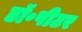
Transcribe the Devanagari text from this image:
डॉ॰पीटर